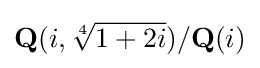
\mathbf {Q} (i,{\sqrt[{4}]{1+2i}})/\mathbf {Q} (i)